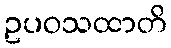
ဥပဝသထာတိ